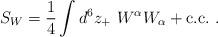
LaTeX: \begin{align*}S_W=\frac{1}{4}\int d^6z_+\ W^\alpha W_\alpha +\mbox{c.c.}\ .\end{align*}